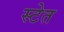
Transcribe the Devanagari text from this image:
स्टेत